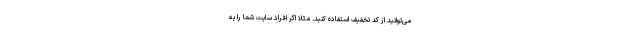
می‌توانید از کد تخفیف استفاده کنید. مثلا اگر افراد سایت شما را به